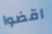
اقضوا